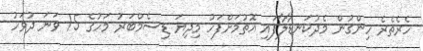
ހެރެތެރެ ހިންގުން މެދުކަނޑާލާފައި އޮތުމަށްފަހު މިދިޔަ ޑިސެމްބަރު މަހުގެ 15 ވަނަ ދުވަހު